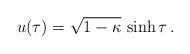
LaTeX: \begin{align*}u(\tau) = \sqrt{1-\kappa}\,\sinh\tau \,.\end{align*}